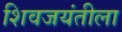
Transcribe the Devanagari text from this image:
शिवजयंतीला